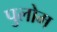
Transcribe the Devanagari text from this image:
पुलोम